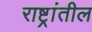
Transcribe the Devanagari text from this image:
राष्ट्रांतील